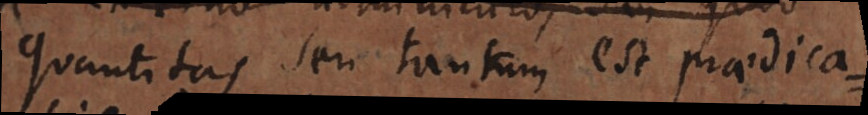
Quantitas seu tantum est praedica